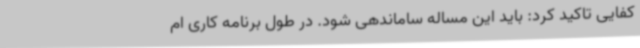
کفایی تاکید کرد: باید این مساله ساماندهی شود. در طول برنامه کاری ام